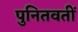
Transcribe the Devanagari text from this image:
पुनितवतीं